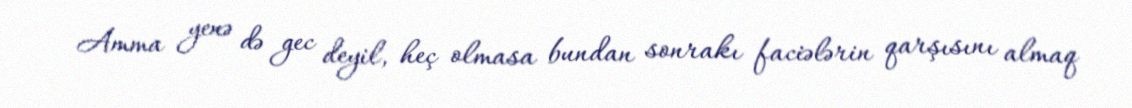
Amma yenə də gec deyil, heç olmasa bundan sonrakı faciələrin qarşısını almaq